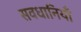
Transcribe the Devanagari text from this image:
सवधानियाँ